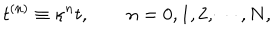
t ^ { ( n ) } \equiv \kappa ^ { n } t , n = 0 , 1 , 2 , \cdots , N ,